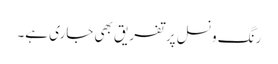
رنگ ونسل پر تفریق بھی جاری ہے۔